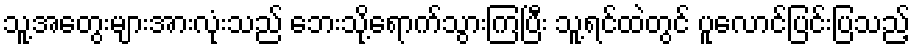
သူ့အတွေးများအားလုံးသည် ဘေးသို့ရောက်သွားကြပြီး သူ့ရင်ထဲတွင် ပူလောင်ပြင်းပြသည့်